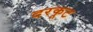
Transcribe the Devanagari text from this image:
दरकूट